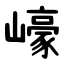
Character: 㠙